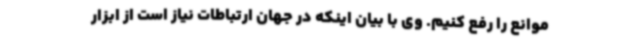
موانع را رفع کنیم. وی با بیان اینکه در جهان ارتباطات نیاز است از ابزار